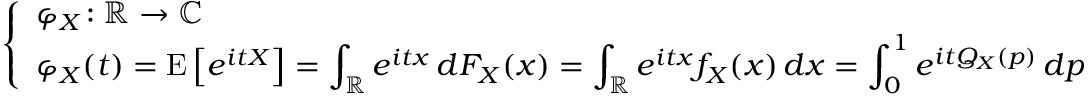
{ \left\{ \begin{array} { l l } { \displaystyle \varphi _ { X } \! : \mathbb { R } \to \mathbb { C } } \\ { \displaystyle \varphi _ { X } ( t ) = \operatorname { E } \left[ e ^ { i t X } \right] = \int _ { \mathbb { R } } e ^ { i t x } \, d F _ { X } ( x ) = \int _ { \mathbb { R } } e ^ { i t x } f _ { X } ( x ) \, d x = \int _ { 0 } ^ { 1 } e ^ { i t Q _ { X } ( p ) } \, d p } \end{array} \right. }